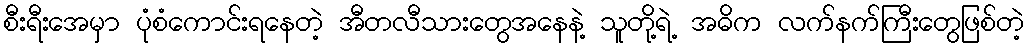
စီးရီးအေမှာ ပုံစံကောင်းရနေတဲ့ အီတလီသားတွေအနေနဲ့ သူတို့ရဲ့ အဓိက လက်နက်ကြီးတွေဖြစ်တဲ့